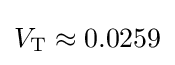
V_{\text{T}}\approx 0.0259